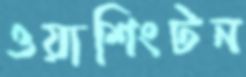
ওয়াশিংটন